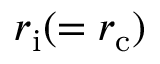
r _ { \mathrm { { i } } } ( = r _ { \mathrm { { c } } } )